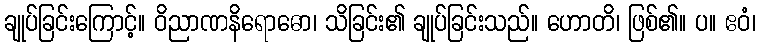
ချုပ်ခြင်းကြောင့်။ ဝိညာဏနိရောဓော၊ သိခြင်း၏ ချုပ်ခြင်းသည်။ ဟောတိ၊ ဖြစ်၏။ ပ။ ဧဝံ၊